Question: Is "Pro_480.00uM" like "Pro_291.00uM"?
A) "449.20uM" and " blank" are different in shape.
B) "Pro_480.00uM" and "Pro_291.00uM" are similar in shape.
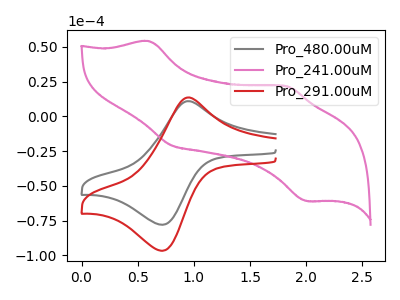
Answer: <think>The gray curve "Pro_480.00uM" has an anodic peak at (0.95V, 10.95uA) and a cathodic peak at (0.70V, -78.00uA). The pink curve "Pro_241.00uM" has anodic peaks at (0.60V, 54.00uA) (1.85V, 21.60uA) and cathodic peaks at (0.80V, -20.65uA) (2.00V, -60.95uA). The red curve "Pro_291.00uM" has an anodic peak at (0.95V, 13.55uA) and a cathodic peak at (0.70V, -96.70uA).
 All the peaks in "Pro_480.00uM" have a peak in "Pro_291.00uM" at the same potential. Every peak in "Pro_480.00uM" is lower than every peak in "Pro_291.00uM".</think>
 <answer>B) "Pro_480.00uM" and "Pro_291.00uM" are similar in shape.</answer>
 <eval>B</eval>